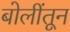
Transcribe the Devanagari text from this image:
बोलींतून